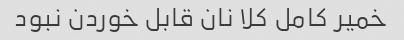
خمیر کامل کلا نان قابل خوردن نبود